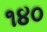
૧૪૦